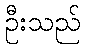
ဦးသည်